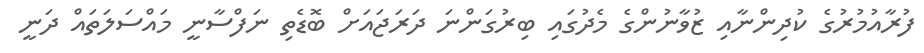
ފުރާއުމުރުގެ ކުދިންނާއި ޒުވާނުންގެ މެދުގައި ބިރުގަންނަ ދަރަޖައަށް ބޮޑެތި ނަފްސާނީ މައްސަލަތައް ދަނީ